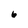
Character: 6